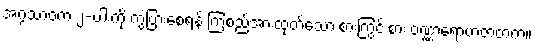
အဂ္ဂသာဝက ၂-ပါးကို ကွဲပြားစေရန် ကြံစည်အားထုတ်သော စားကြွင်းစား ဝဏ္ဏာရောဟဇာတက။